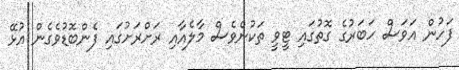
ފަހުން އަވަސް ހަބަރުގެ ގޮތުގައި ޓީވީ ތަކުންވެސް މާލެއާއި ރަށްރަށުގައި ފެންބޮޑުވެގެން އުޅޭ